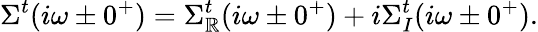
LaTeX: \Sigma^{t}(i\omega\pm0^{+})=\Sigma_{\mathbb{R}}^{t}(i\omega\pm0^{+})+i\Sigma_{I}^{t}(i\omega\pm0^{+}).